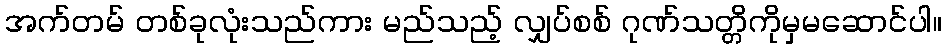
အက်တမ် တစ်ခုလုံးသည်ကား မည်သည့် လျှပ်စစ် ဂုဏ်သတ္တိကိုမှမဆောင်ပါ။